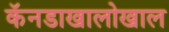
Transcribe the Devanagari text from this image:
कॅनडाखालोखाल